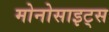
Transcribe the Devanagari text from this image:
मोनोसाइट्स